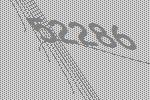
52286